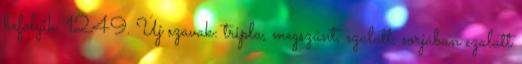
befolyik. 1249. Új szavak: tripla, megszűnt, ezalatt, sorjában ezalatt